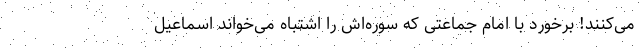
می‌کنند! برخورد با امام جماعتی که سوره‌اش را اشتباه می‌خواند اسماعیل